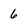
Character: 6